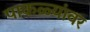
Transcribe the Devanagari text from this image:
पाकळ्यांवर